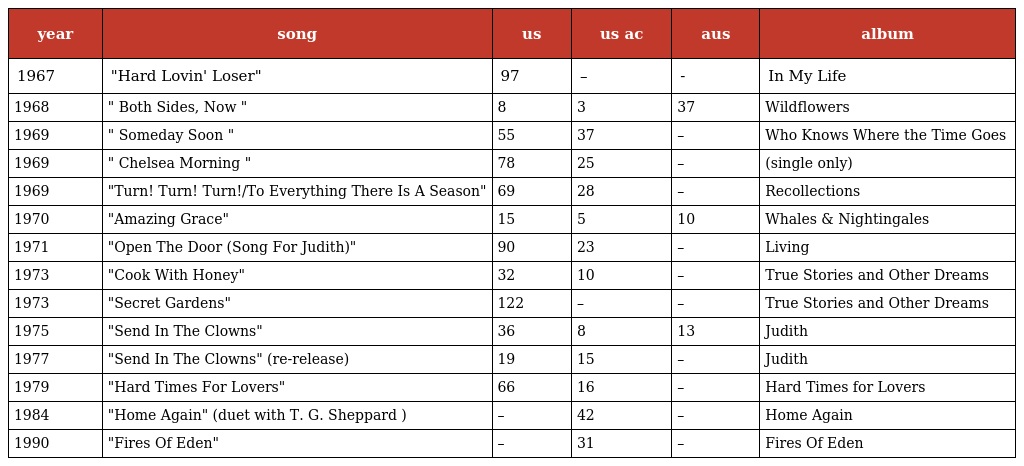
| year | song | us | us ac | aus | album |
 | --- | --- | --- | --- | --- | --- |
 | 1967 | "Hard Lovin' Loser" | 97 | – | - | In My Life |
 | 1968 | " Both Sides, Now " | 8 | 3 | 37 | Wildflowers |
 | 1969 | " Someday Soon " | 55 | 37 | – | Who Knows Where the Time Goes |
 | 1969 | " Chelsea Morning " | 78 | 25 | – | (single only) |
 | 1969 | "Turn! Turn! Turn!/To Everything There Is A Season" | 69 | 28 | – | Recollections |
 | 1970 | "Amazing Grace" | 15 | 5 | 10 | Whales & Nightingales |
 | 1971 | "Open The Door (Song For Judith)" | 90 | 23 | – | Living |
 | 1973 | "Cook With Honey" | 32 | 10 | – | True Stories and Other Dreams |
 | 1973 | "Secret Gardens" | 122 | – | – | True Stories and Other Dreams |
 | 1975 | "Send In The Clowns" | 36 | 8 | 13 | Judith |
 | 1977 | "Send In The Clowns" (re-release) | 19 | 15 | – | Judith |
 | 1979 | "Hard Times For Lovers" | 66 | 16 | – | Hard Times for Lovers |
 | 1984 | "Home Again" (duet with T. G. Sheppard ) | – | 42 | – | Home Again |
 | 1990 | "Fires Of Eden" | – | 31 | – | Fires Of Eden |